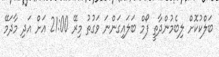
ބަލްކުކޮށް ލިބެމުންދާތީ ފޯމް ބަލައިގަންނަ ވަގުތު މިރޭ 21:00 އަށް އަދި މާދަމޭ